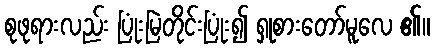
စုဖုရားလည်း ပြုံးမြဲတိုင်းပြုံး၍ ရှုစားတော်မူလေ ၏။